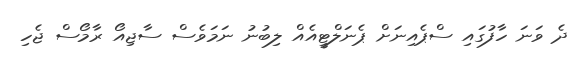
ދެ ވަނަ ހާފުގައި ސްޕެއިނަށް ޕެނަލްޓީއެއް ލިބުނު ނަމަވެސް ސާޖިއޯ ރާމޯސް ޖެހި